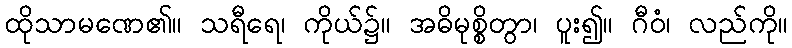
ထိုသာမဏေ၏။ သရီရေ၊ ကိုယ်၌။ အဓိမုစ္စိတွာ၊ ပူး၍။ ဂီဝံ၊ လည်ကို။